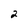
Character: 2